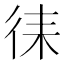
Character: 𭛧